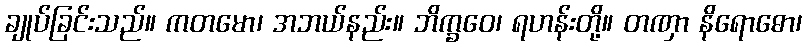
ချုပ်ခြင်းသည်။ ကတမော၊ အဘယ်နည်း။ ဘိက္ခဝေ၊ ရဟန်းတို့။ တဏှာ နိရောဓော၊